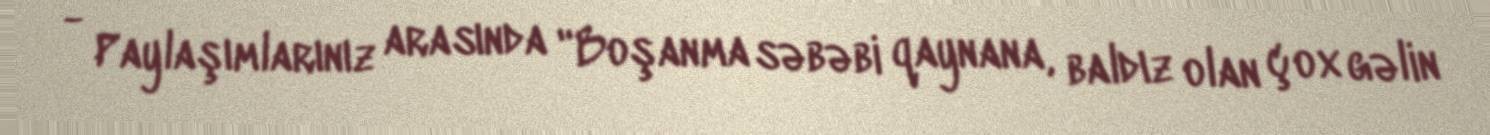
- Paylaşımlarınız arasında "Boşanma səbəbi qaynana, baldız olan çox gəlin